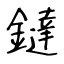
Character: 鐽